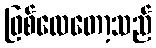
ဖြစ်လေတော့သည်